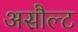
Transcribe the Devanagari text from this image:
असौल्ट